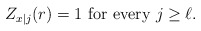
\begin{align*} Z_{x|j}(r)=1 \mbox{ for every }j\geq \ell. \end{align*}